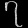
Digit: ၇